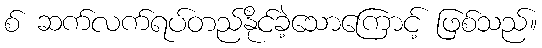
စ် ဆက်လက်ရပ်တည်နိုင်ခဲ့သောကြောင့် ဖြစ်သည်။